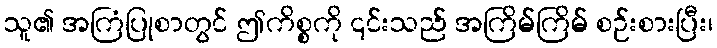
သူ၏ အကြံပြုစာတွင် ဤကိစ္စကို ၎င်းသည် အကြိမ်ကြိမ် စဉ်းစားပြီး၊